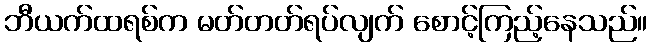
ဘီယက်ထရစ်က မတ်တတ်ရပ်လျက် စောင့်ကြည့်နေသည်။